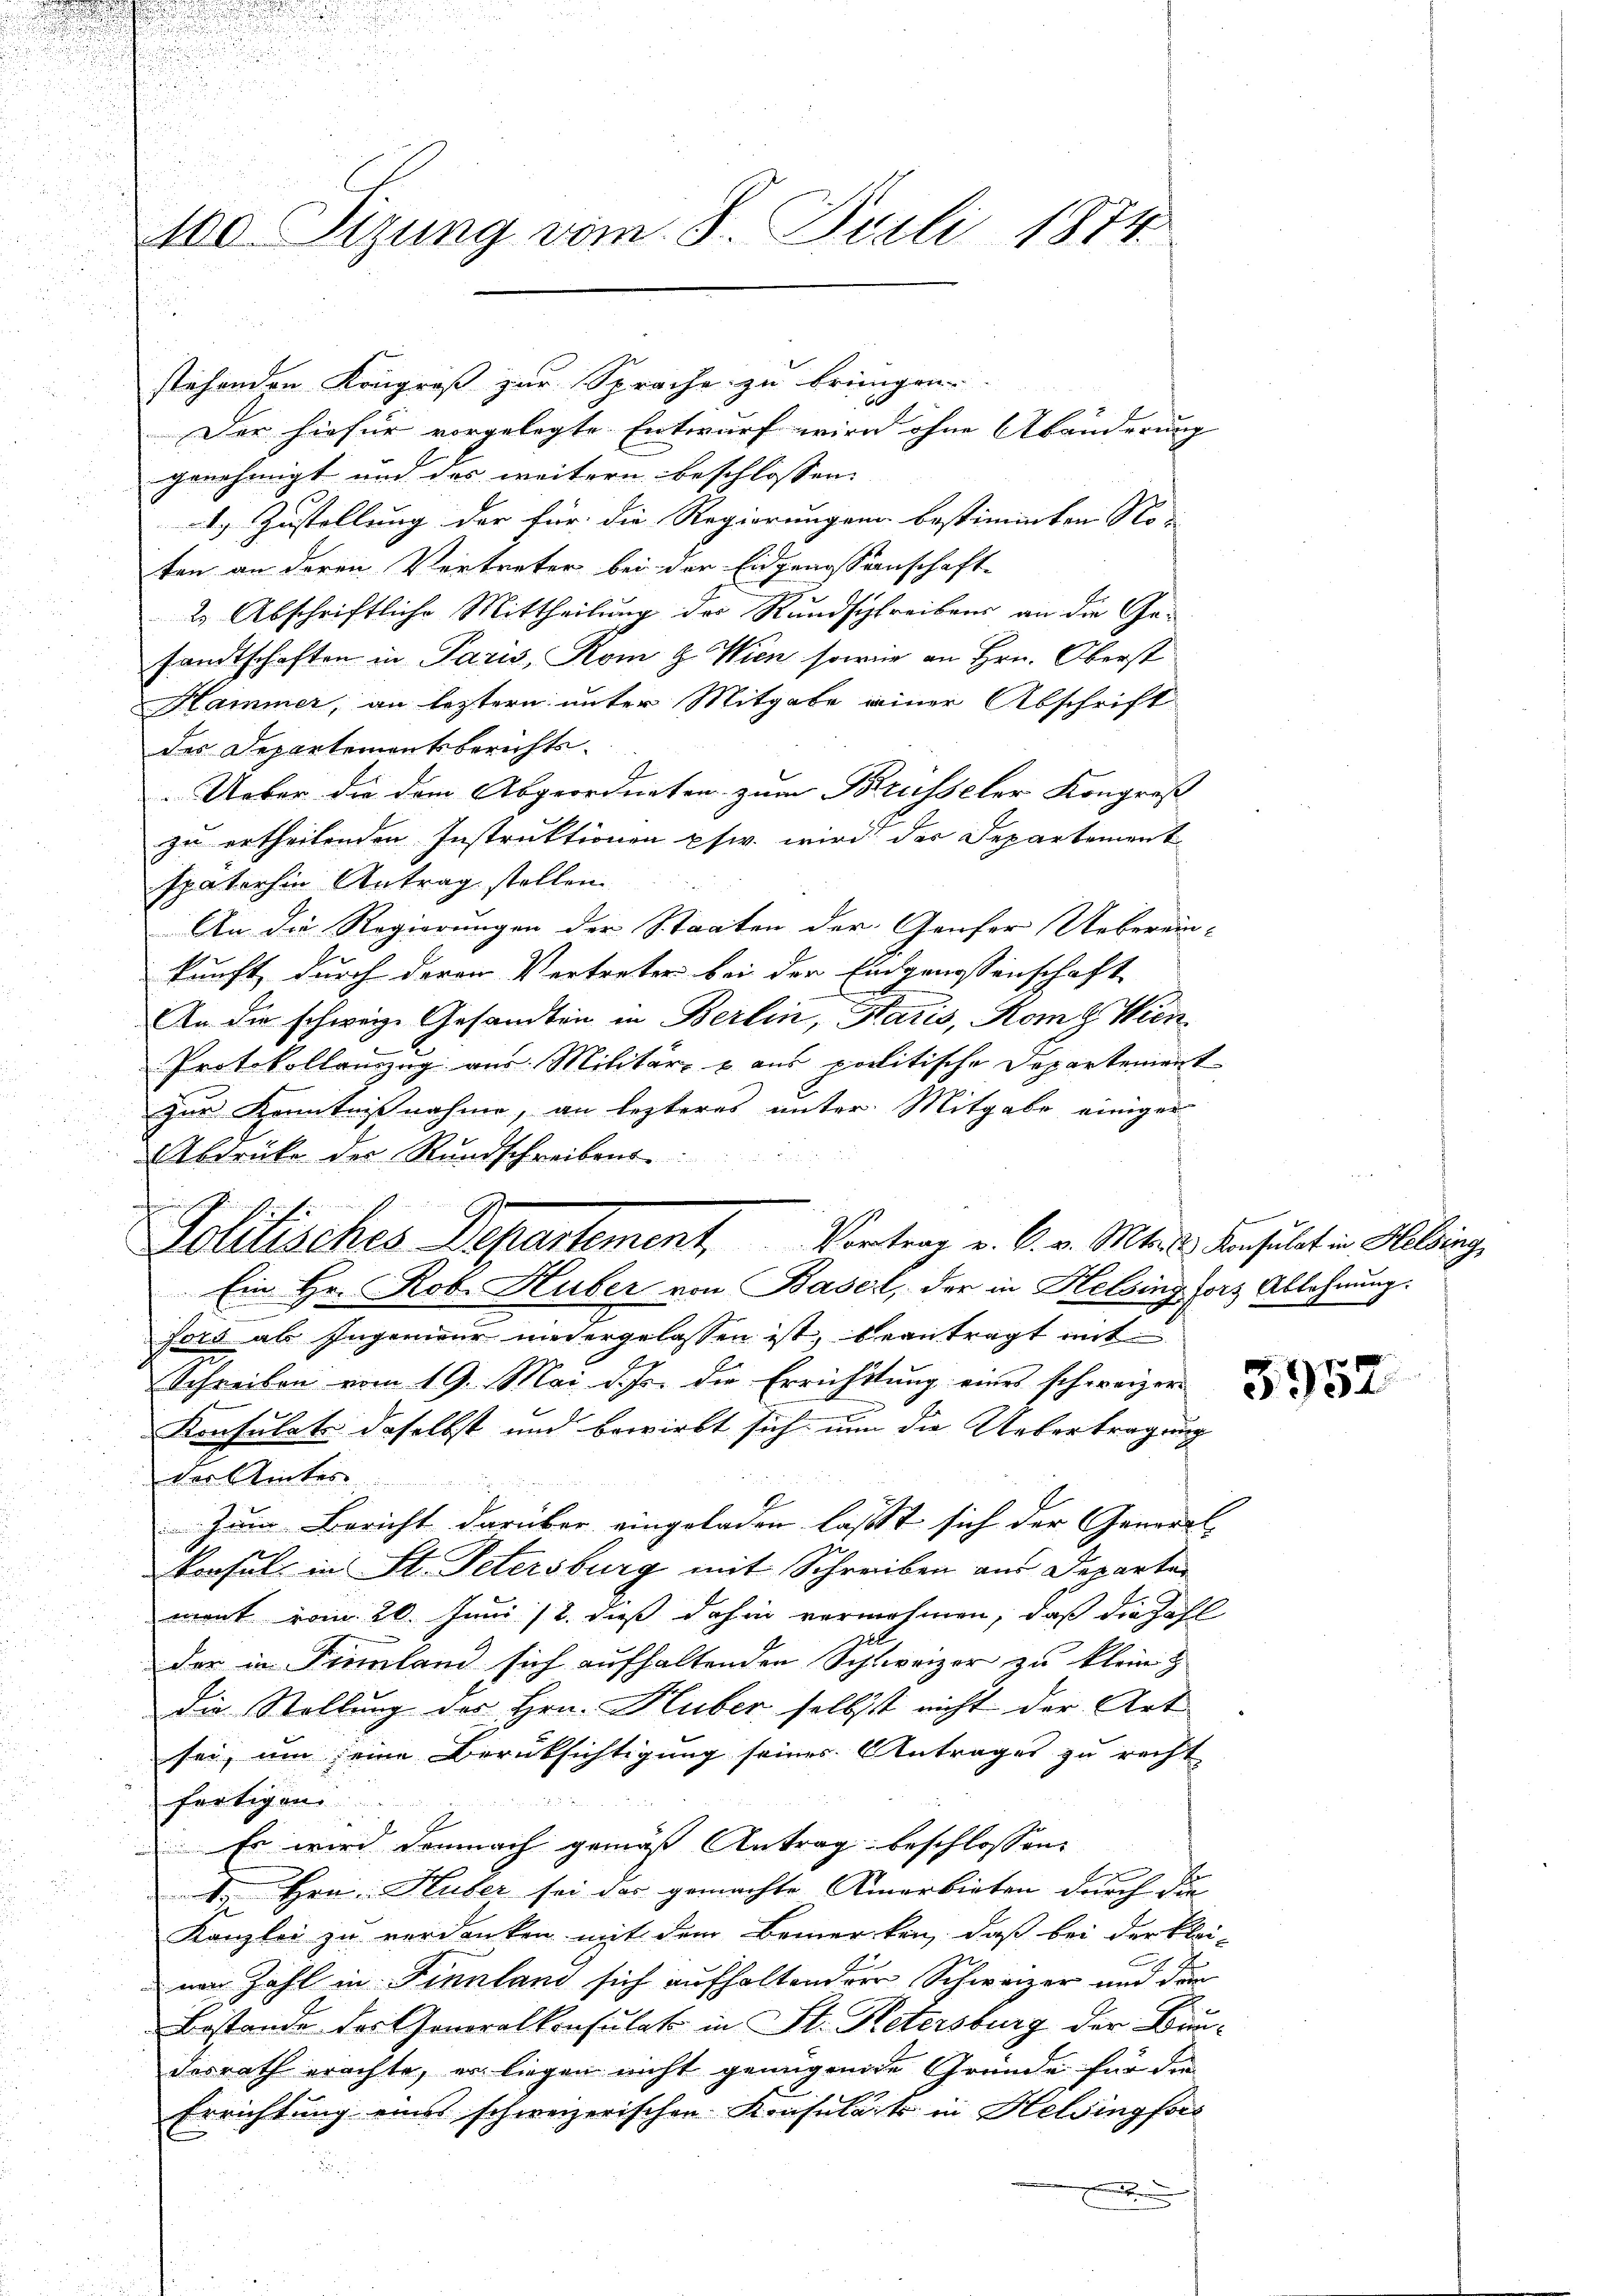
100 Tizung vom 8. Juli 1874.

Der hiefür vorgelegte Entwurf wird ohne Abänderung |
genehmigt und des weitern beschlossen:
1.) Zustellung der für die Regierungen bestimmten Ro- |
ten an deren Vertreter bei der Eidgenossenschaft-
2 Abschriftliche Mittheilung des Rundschreibens an die Gesandtschaften in Paris, Rom g. Wien sowie an Hrn. Oberst
Hammer, an leztern unter Mitgabe einer Abschrift
des Departementsberichts-
Ueber die dem Abgeordneten zum Brüsseler Kongres
zu ertheilenden Instruktionen pfw. wird der Departement
späterhin Antrag stellen.
An die Regierungen der Staaten der Genfer Ueberein-
kunft, durch deren Vertreter bei der Eidgenossenschaft
An die schweiz. Gesandten in Berlin, Haris, Komz Wien¬
Protokollanzug aus Militär- & aus politische Departement
zur Kenntnisnahme, an lezteres unter Mitgabe einiger
Abdrücke der Rundschreibens-
Ein Hr. Rob. Huber von Basel, der in Helsing forz Ablehnung.
fors als Ingenieur niedergelassen ist, beantragt mit
Schreiben vom 19. Mai diser die Errichttŭng eines schweizer
Konsulats daselbst und bewirkt sich nun die Uebertragung
der Winter
Zum Bericht darüber eingeladen lasst sich der General-
konsul in St. Petersburg mit Schreiben aus Departe
ment vom 20. Juni /2. dieß dahin vernehmen, daß die Zahl
der in Finnland sich aufhaltenden Schweizer zu klein
die Stellung des Hrn. Huber selbst nicht der Art
sei, um seine Berüksichtigung seines Antrages zu recht
fortigen
 Es wird demnach gemäß Antrag beschlossen:
d Hrn. Huber sei das gemachte Anerbieten durch die
Kanzlei zu verdanken mit dem Bemerken, daß bei der klei-
mar Zahl in Finnland sich aufhaltender Schweizer und dem
Bestande des Generalkonsulat in St. Petersburg der Bundesrath erachte, er liegen nicht genügende Gründe für die
Errichtung eins schweizerischen Konsulats in Helsingfors
.

stehenden Kongroß zur Sprache zu bringen.

sunstfe
olisches Departement, Vortrag v. 6. v. Mts. Konsulat in Helsing,